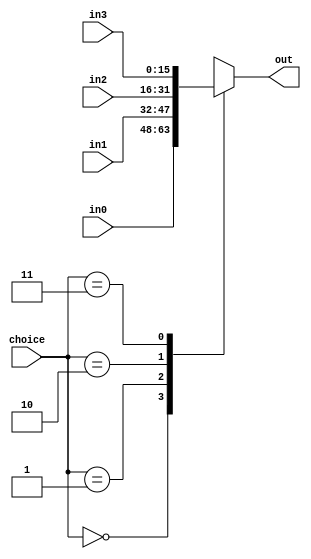
`timescale 1ns / 1ps
//////////////////////////////////////////////////////////////////////////////////
// Company: 
// Engineer: 
// 
// Design Name: 
// Module Name: Mux4_16bits
// Project Name: 
// Target Devices: 
// Tool Versions: 
// Description: 
// 
// Dependencies: 
// 
// Revision:
// Revision 0.01 - File Created
// Additional Comments:
// 
//////////////////////////////////////////////////////////////////////////////////


module Mux4_16bits(
    input [1:0] choice,
    input [15:0] in0,
    input [15:0] in1,
    input [15:0] in2,
    input [15:0] in3,
    output reg [15:0] out
    );
    
    always @(choice or in0 or in1 or in2 or in3) begin
        case(choice)
            2'b00: out = in0;
            2'b01: out = in1;
            2'b10: out = in2;
            2'b11: out = in3;
            default: out = 0;
        endcase
    end
    
endmodule